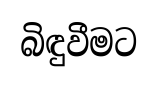
බිඳුවීමට